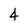
Character: 4